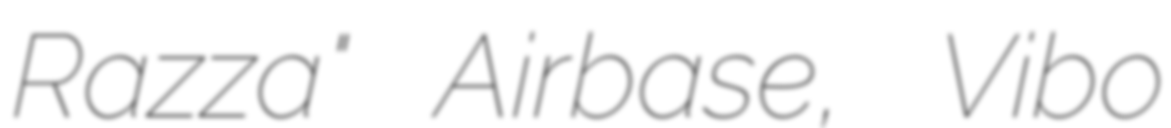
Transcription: Razza" Airbase, Vibo